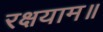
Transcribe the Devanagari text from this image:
रक्षयाम॥